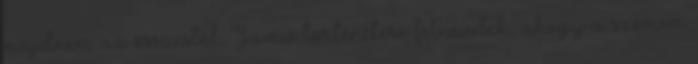
majdnem az összestől. Jamie történetére felnevetek, ahogy a szemem